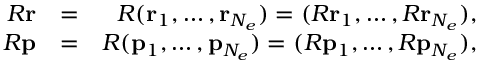
\begin{array} { r l r } { R { \mathbf { r } } } & { = } & { R ( { \mathbf { r } } _ { 1 } , \ldots , { \mathbf { r } } _ { N _ { e } } ) = ( R { \mathbf { r } } _ { 1 } , \ldots , R { \mathbf { r } } _ { N _ { e } } ) , } \\ { R { \mathbf { p } } } & { = } & { R ( { \mathbf { p } } _ { 1 } , \ldots , { \mathbf { p } } _ { N _ { e } } ) = ( R { \mathbf { p } } _ { 1 } , \ldots , R { \mathbf { p } } _ { N _ { e } } ) , } \end{array}